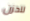
للحزن